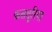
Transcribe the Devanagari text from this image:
कसतुरिया